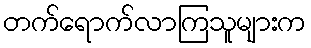
တက်ရောက်လာကြသူများက